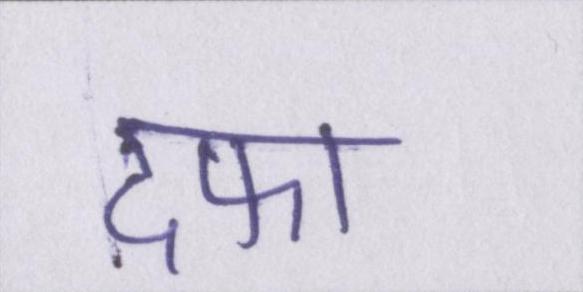
दफा